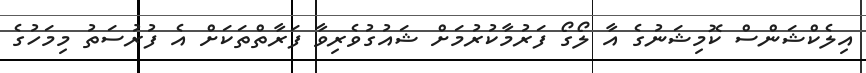
އިލެކްޝަންސް ކޮމިޝަނުގެ އާ ލޯގޯ ފަރުމާކުރުމަށް ޝައުގުވެރިވާ ފަރާތްތަކަށް އެ ފުރުސަތު މިމަހުގެ